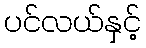
ပင်လယ်နှင့်